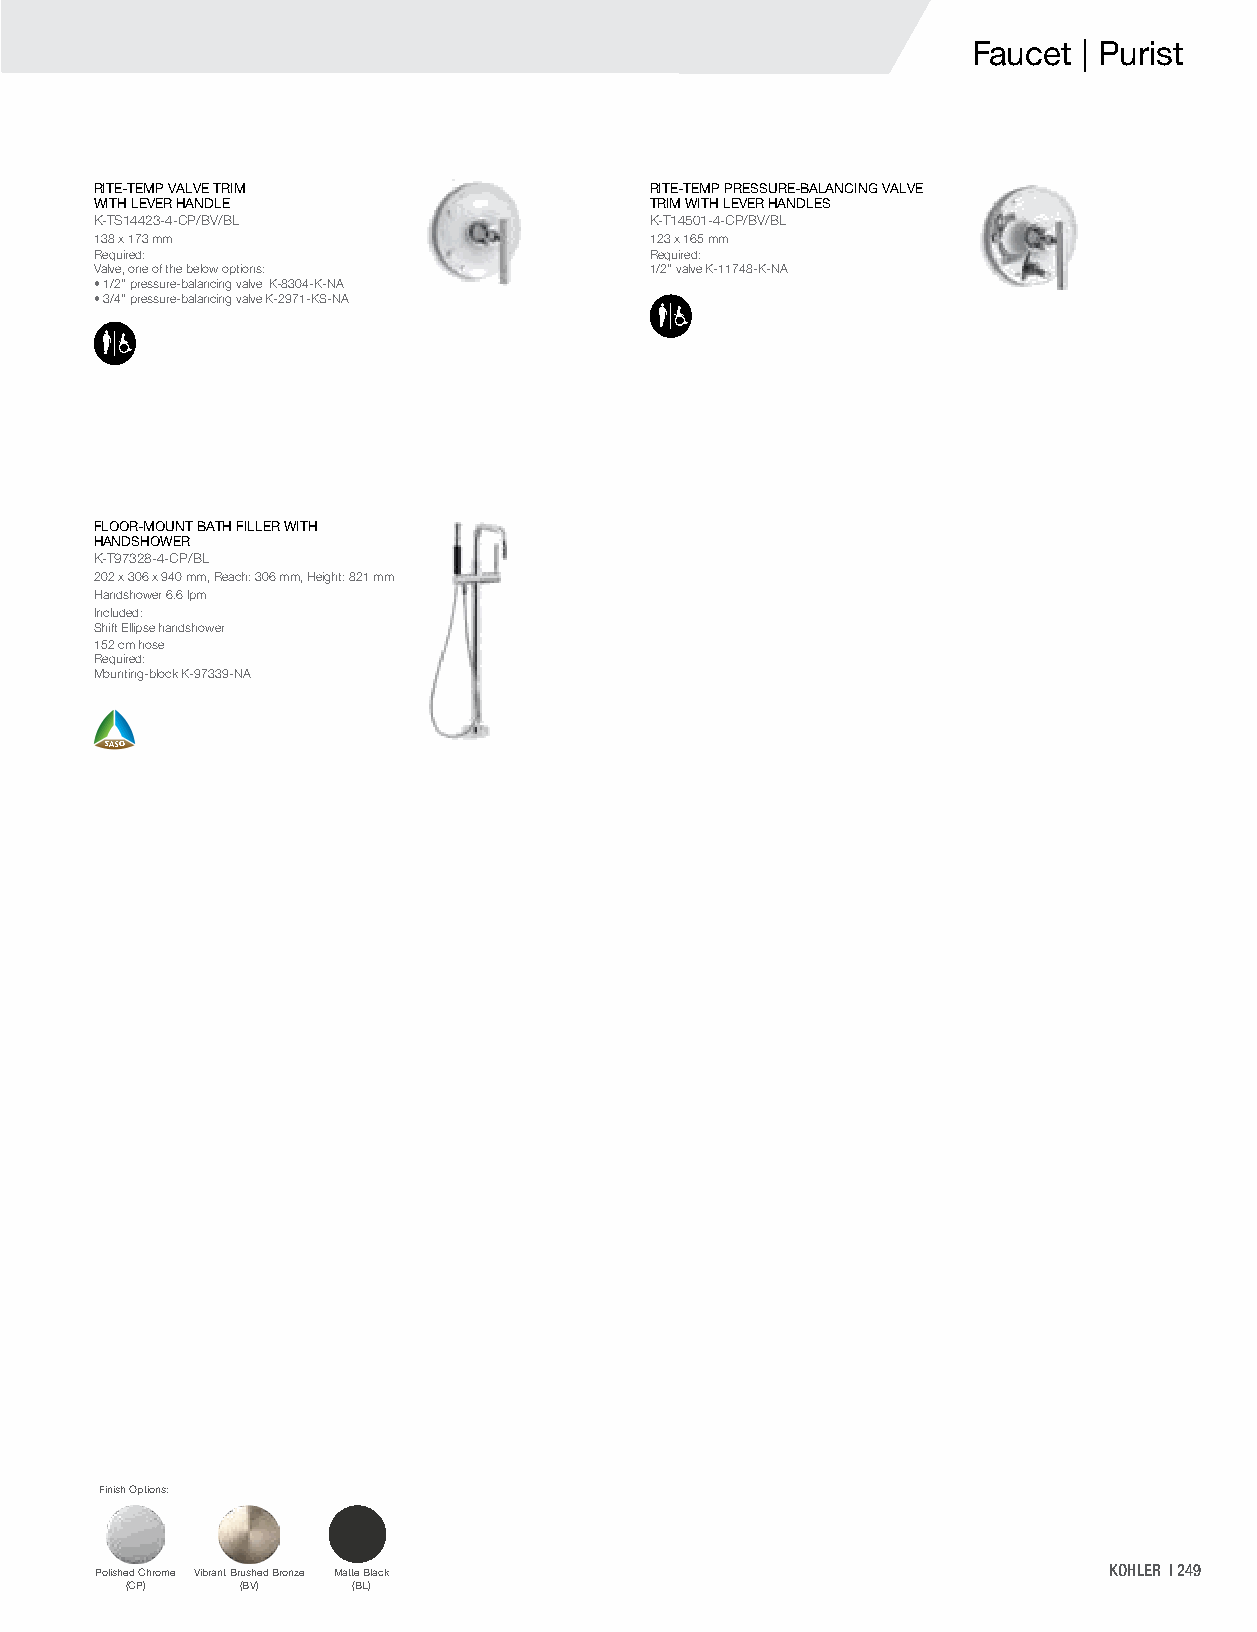
Faucet  | Purist
 RITE-TEMP VALVE TRIM                 RITE-TEMP PRESSURE-BALANCING VALVE
 WITH LEVER HANDLE                    TRIM WITH LEVER HANDLES
 K-TS14423-4-CP/BV/BL                 K-T14501-4-CP/BV/BL
 138 x 173 mm                         123 x 165 mm
 Required:                            Required:
 Valve, one of the below options:     1/2" valve K-11748-K-NA
 • 1/2" pressure-balancing valve K-8304-K-NA
 • 3/4" pressure-balancing valve K-2971-KS-NA
 FLOOR-MOUNT BATH FILLER WITH
 HANDSHOWER
 K-T97328-4-CP/BL
 202 x 306 x 940 mm, Reach: 306 mm, Height: 821 mm
 Handshower 6.6 lpm
 Included:
 Shift Ellipse handshower
 152 cm hose
 Required:
 Mounting-block K-97339-NA
 Finish Options:
 Polished Chrome Vibrant Brushed Bronze Matte Black                 KOHLER | 249
 (CP)    (BV)   (BL)